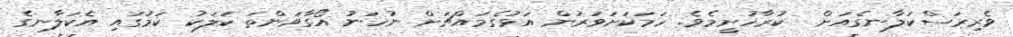
ވެރިރަސްކަލާނގެއަށް  ކުރާހުށީމެވެ. ހަމަކަށަވަރުން އަޅުގެމައްޗަށް ނުހަނު އޯގާވަންތަ ކަލަކު ކަމުގައި އެކަލާނގެ